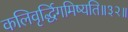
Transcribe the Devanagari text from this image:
कलिवृर्द्धिगमिष्यति॥३२॥